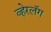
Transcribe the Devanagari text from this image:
व्हेरलॅग